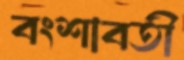
বংশাবতী